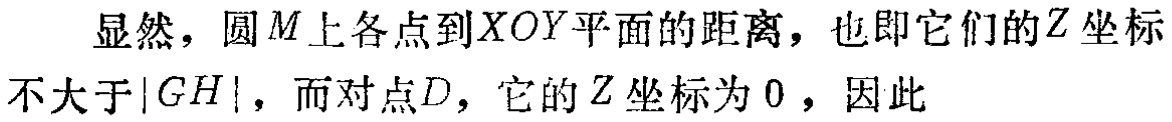
显然，圆\(M\)上各点到\(XOY\)平面的距离，也即它们的\(Z\)坐标不大于\(\vert GH\vert\)，而对点\(D\)，它的\(Z\)坐标为\(0\)，因此